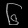
Digit: ၆